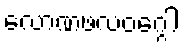
လောဏဖလဝဂ္ဂေါ